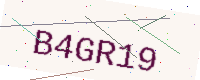
Text: B4GR19